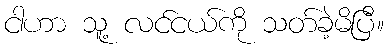
ငါဟာ သူ့ လင်ငယ်ကို သတ်ခဲ့မိပြီ။